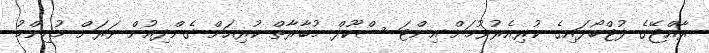
ރާއްޖޭގެ ފުޓްބޯޅައިގެ ކުރިއެރުވުމަށް އިންޓަ ސްކޫލް މުބާރާތް ކުރިއަށް ގެންދިއުން ވަރަށް މުހިންމު